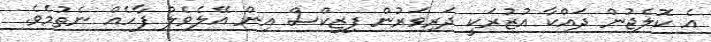
އެ ކޮލެޖުން ދައްކާ އުޒުރަކީ ދަރިވަރުން ފިޒިކްސް އިން އޭލެވެލް ފާހެއް ނެތުމެވެ.